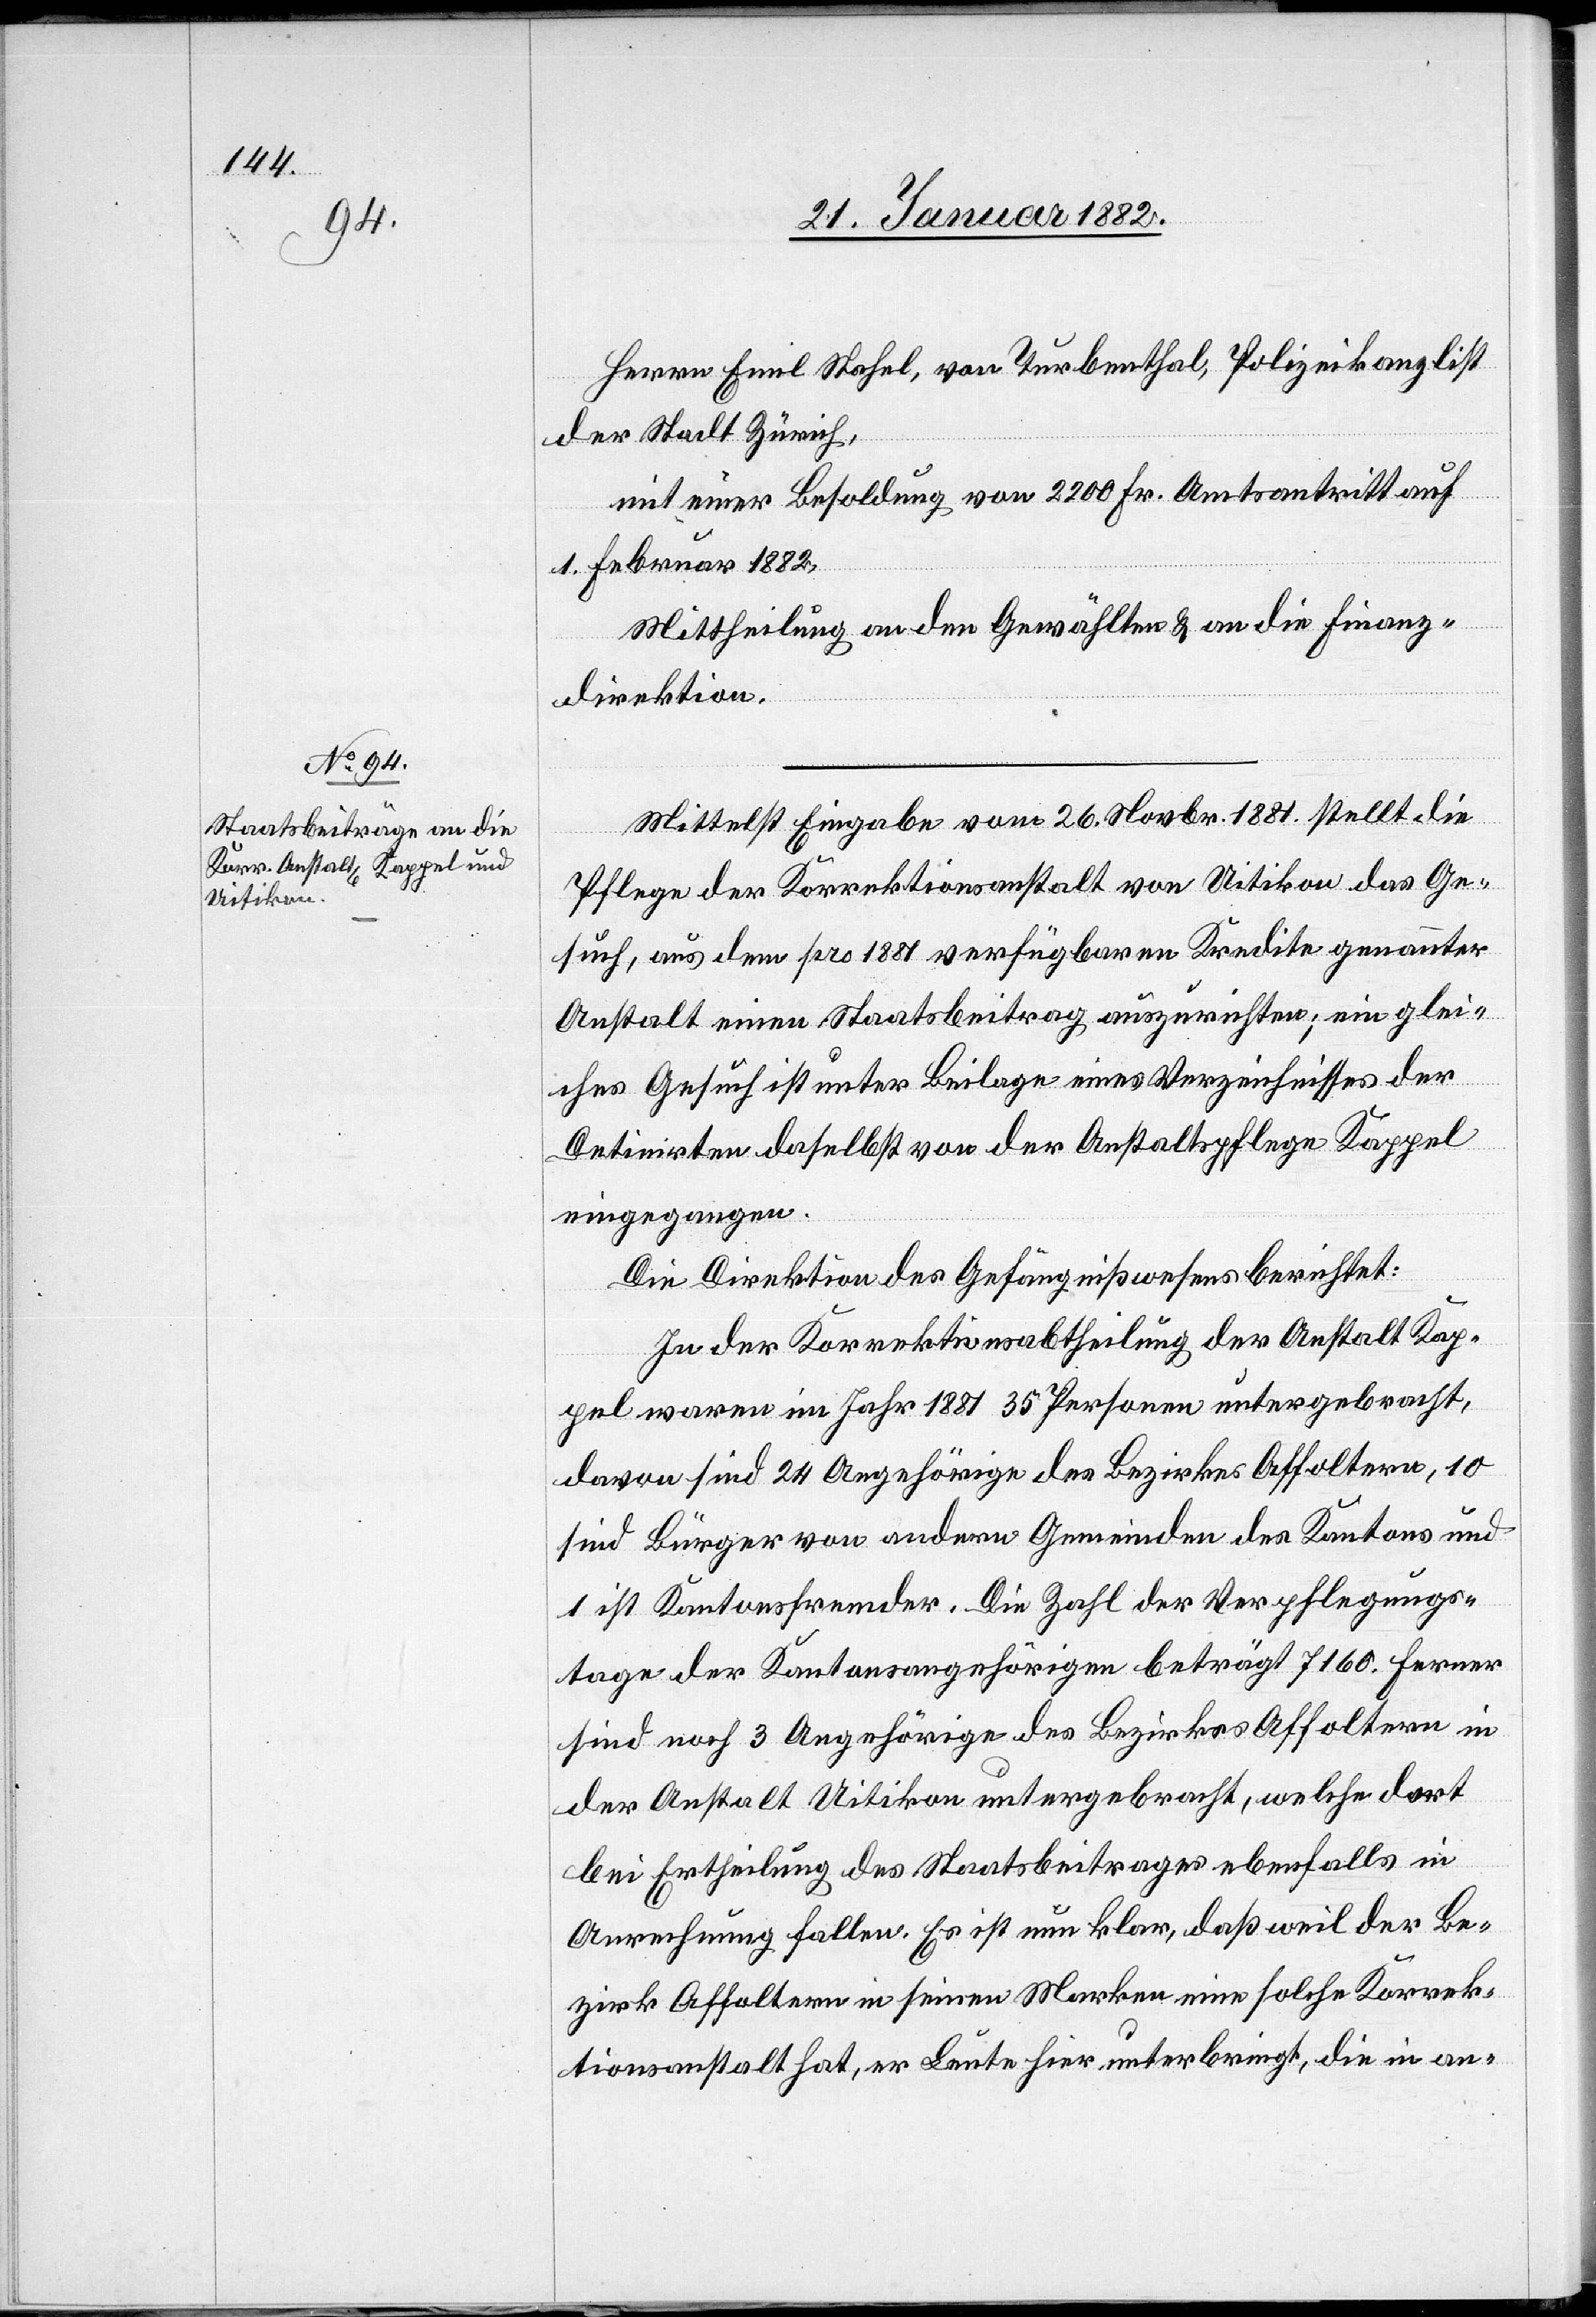
Herrn Emil Stahel, von Turbenthal, Polizeikanzlist
der Stadt Zürich,
mit einer Besoldung von 2200 Fr. Amtsantritt auf
1. Februar 1882,
Mittheilung an den Gewählten & an die Finanz¬
direktion.
Mittelst Eingabe vom 26. Novbr. 1881 stellt die
Pflege der Korrektionsanstalt von Uitikon das Ge¬
such, aus dem pro 1881 verfügbaren Kredite genannter
Anstalt einen Staatsbeitrag auszurichten; ein glei¬
ches Gesuch ist unter Beilage eines Verzeichnisses der
Detinirten daselbst von der Anstaltspflege Kappel
eingegangen.
Die Direktion des Gefängniswesens berichtet:
In der Korrektionsabtheilung der Anstalt Kap¬
pel waren im Jahr 1881 35 Personen untergebracht,
davon sind 24 Angehörige des Bezirkes Affoltern, 10
sind Bürger von andern Gemeinden des Kantons und
1 ist Kantonsfremder. Die Zahl der Verpflegungs¬
tage der Kantonsangehörigen beträgt 7160. Ferner
sind noch 3 Angehörige des Bezirks Affoltern in
der Anstalt Uitikon untergebracht, welche dort
bei Ertheilung des Staatbeitrages ebenfalls in
Anrechnung fallen. Es ist nun klar, daß weil der Be¬
zirk Affoltern in seinen Marken eine solche Korrek¬
tionsanstalt hat, er Leute hier unterbringt, die in an-